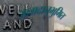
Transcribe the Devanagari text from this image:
अनादानुभुमित